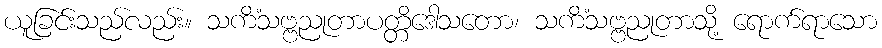
ယူခြင်းသည်လည်း။ သကိံသဗ္ဗညုတာပတ္တိဒေါသတော၊ သကိံသဗ္ဗညုတာသို့ ရောက်ရာသော